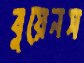
বুয়েনস